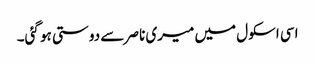
اسی اسکول میں میری ناصر سے دوستی ہو گئی۔